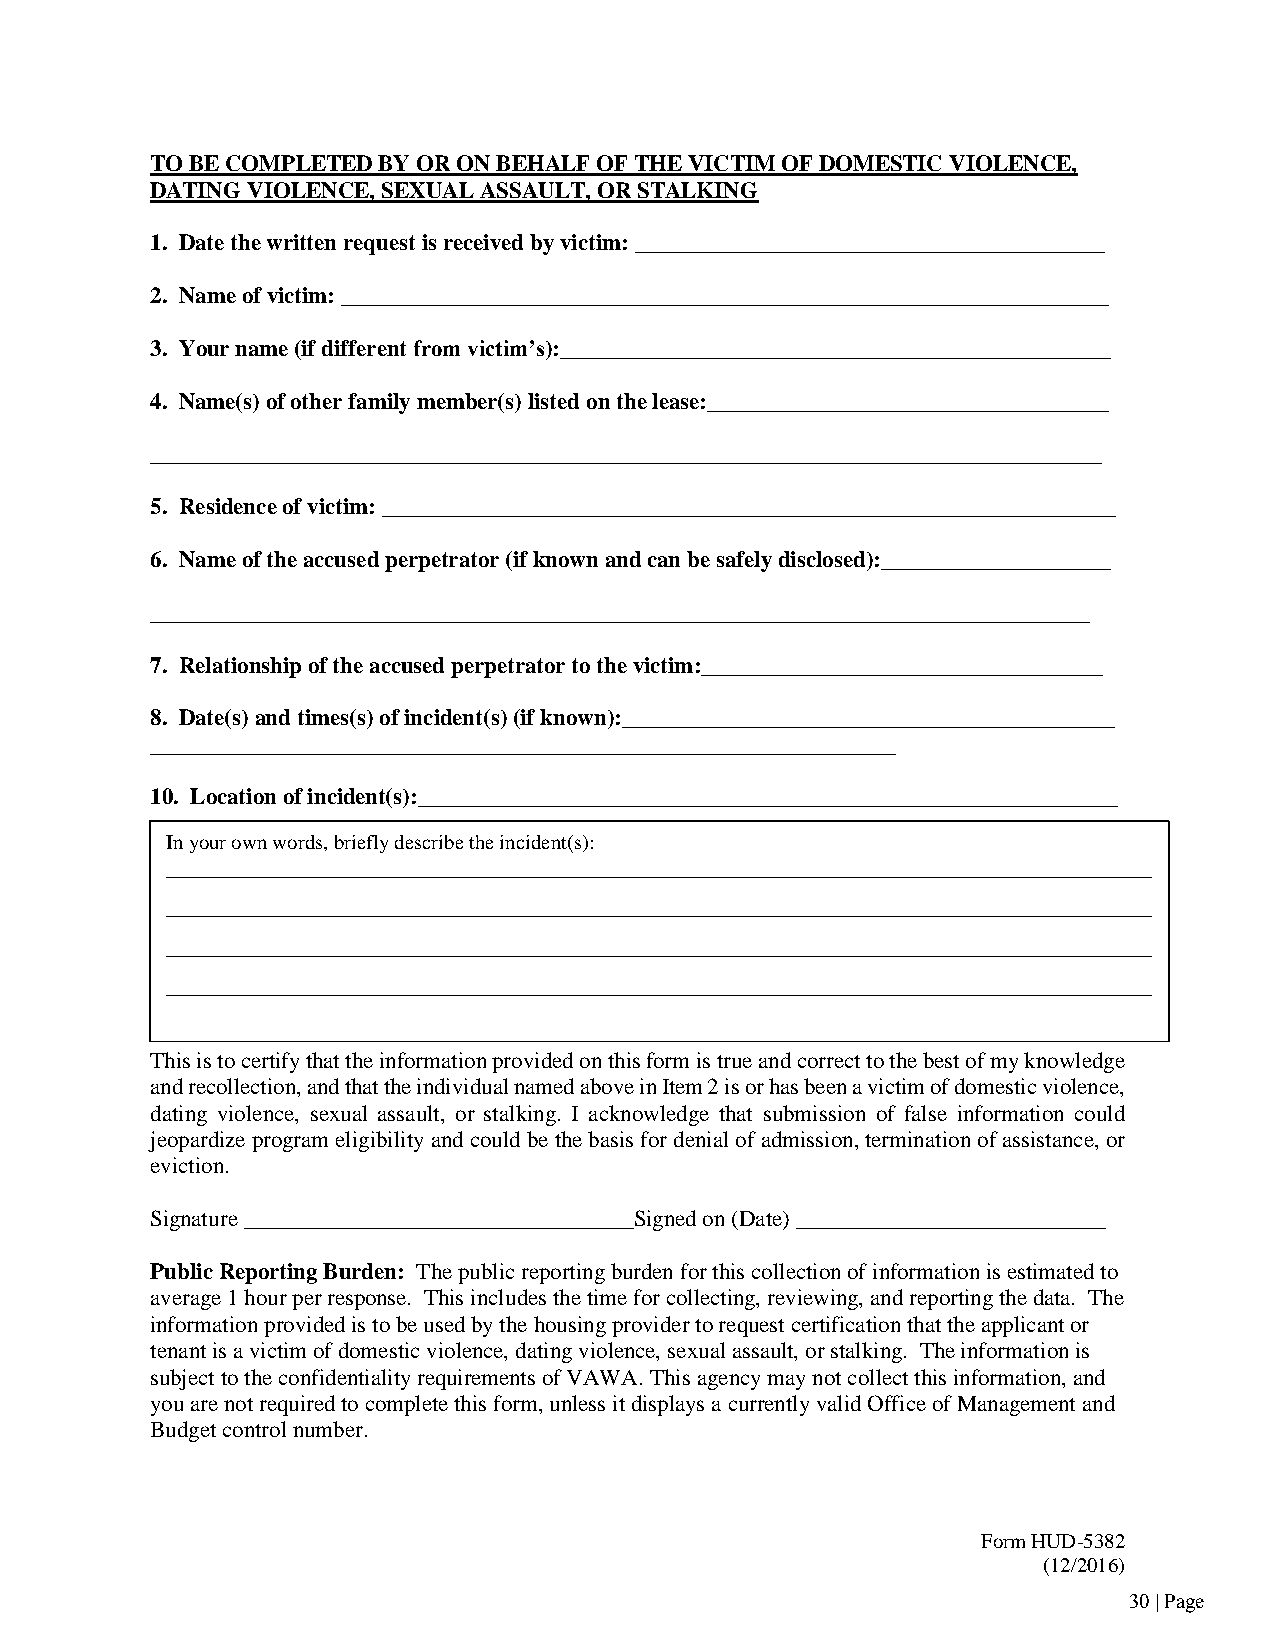
TO BE COMPLETED BY OR ON BEHALF OF THE VICTIM OF DOMESTIC VIOLENCE,
 DATING VIOLENCE, SEXUAL ASSAULT, OR STALKING
 1. Date the written request is received by victim: _________________________________________
 2. Name of victim: ___________________________________________________________________
 3. Your name (if different from victim’s):________________________________________________
 4. Name(s) of other family member(s) listed on the lease:___________________________________
 ___________________________________________________________________________________
 5. Residence of victim: ________________________________________________________________
 6. Name of the accused perpetrator (if known and can be safely disclosed):____________________
 __________________________________________________________________________________
 7. Relationship of the accused perpetrator to the victim:___________________________________
 8. Date(s) and times(s) of incident(s) (if known):___________________________________________
 _________________________________________________________________
 10. Location of incident(s):_____________________________________________________________
 In your own words, briefly describe the incident(s):
 ______________________________________________________________________________________
 ______________________________________________________________________________________
 ______________________________________________________________________________________
 ______________________________________________________________________________________
 ______________________________________________________________________________________
 Th_i_s_ i_s _t_o_ c_e_rt_i_fy_ _th_a_t_ t_h_e_ i_n_fo_r_m__at_i_o_n_ p_r_o_v_id_e_d_ _o_n_ t_h_is_ f_o_r_m_ _is_ _tr_u_e_ a_n_d_ _co_r_r_e_c_t _to_ _th_e_ _b_es_t_ o_f_ m__y_ k_n_o_w__le_d_g_e_ __
 and recollection, and that the individual named above in Item 2 is or has been a victim of domestic violence,
 ______________________________________________________________________________________
 dating violence, sexual assault, or stalking. I acknowledge that submission of false information could
 je_o_p_ar_d_i_z_e _p_r_o_g_ra_m__ e_l_ig_i_b_il_i_ty_ _an_d_ _c_o_u_ld_ _b_e_ t_h_e_ b_a_s_i_s _f_o_r _d_e_n_ia_l_ o_f_ a_d_m__is_s_i_o_n_, _te_r_m_i_n_a_ti_o_n_ o_f_ a_s_s_is_t_a_n_c_e_, _o_r __
 eviction.
 ______________________________________________________________________________________
 Si_g_n_a_tu_r_e_ ____________________________________________________________________S_i_g_n_e_d_ o_n_ _(_D_a_te_)_ ______________________________________________________ ____
 _____________________________________________________________________________
 Public Reporting Burden: The public reporting burden for this collection of information is estimated to
 average 1 hour per response. This includes the time for collecting, reviewing, and reporting the data. The
 information provided is to be used by the housing provider to request certification that the applicant or
 tenant is a victim of domestic violence, dating violence, sexual assault, or stalking. The information is
 subject to the confidentiality requirements of VAWA. This agency may not collect this information, and
 you are not required to complete this form, unless it displays a currently valid Office of Management and
 Budget control number.
 Form HUD-5382
 (12/2016)
 30 | Page